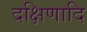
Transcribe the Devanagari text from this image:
दक्षिणादि